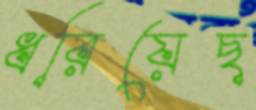
ধরিয়েছ